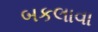
બકલાવા